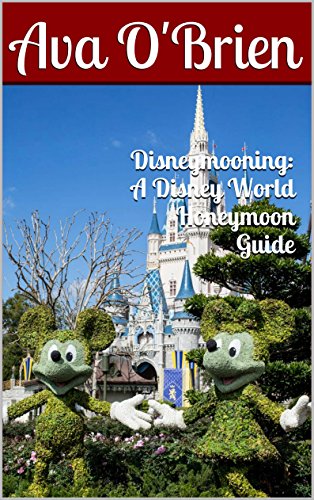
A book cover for Disneymooning: A Disney World Honeymoon Guide; Ava O'Brien; Crafts, Hobbies & Home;